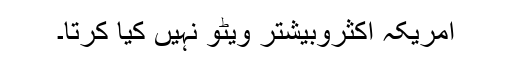
امریکہ اکثروبیشتر ویٹو نہیں کیا کرتا۔